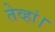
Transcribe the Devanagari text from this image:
तेव्हां।